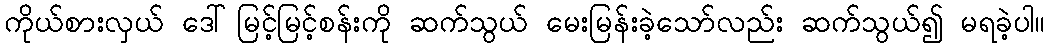
ကိုယ်စားလှယ် ဒေါ်မြင့်မြင့်စန်းကို ဆက်သွယ် မေးမြန်းခဲ့သော်လည်း ဆက်သွယ်၍ မရခဲ့ပါ။